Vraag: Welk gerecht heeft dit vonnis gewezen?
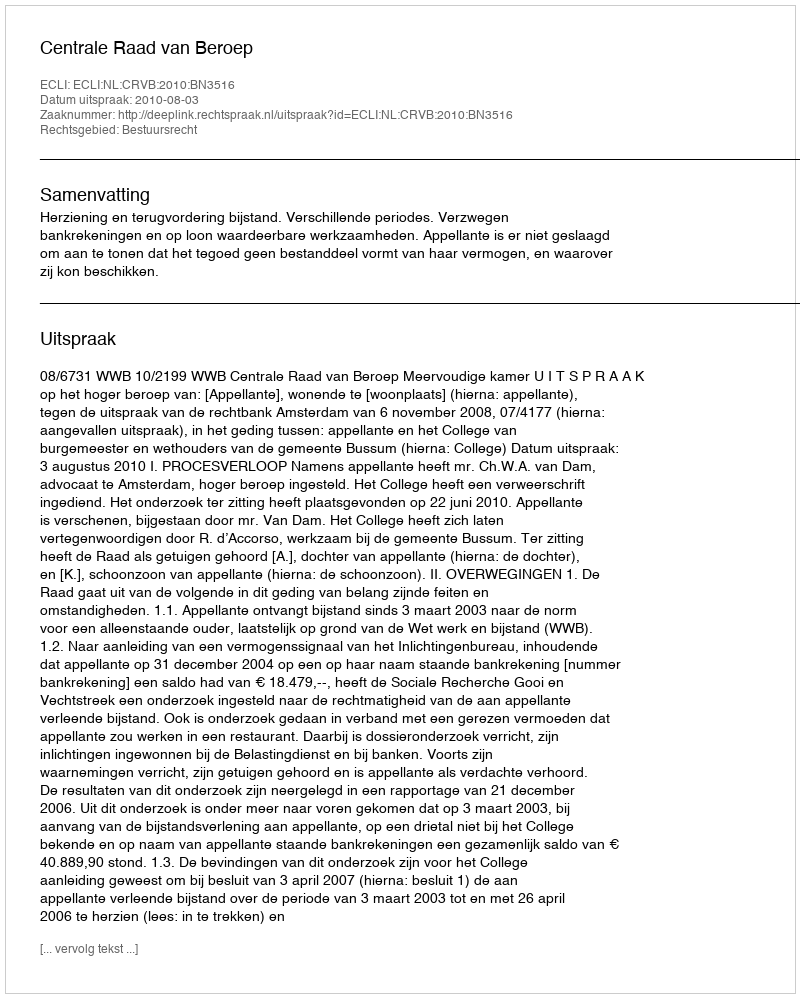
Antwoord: Centrale Raad van Beroep